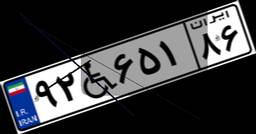
۹۲W۶۵۱۸۶